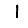
Digit: 1